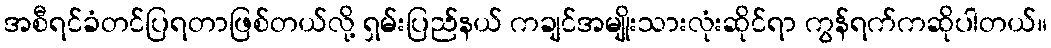
အစီရင်ခံတင်ပြရတာဖြစ်တယ်လို့ ရှမ်းပြည်နယ် ကချင်အမျိုးသားလုံးဆိုင်ရာ ကွန်ရက်ကဆိုပါတယ်။